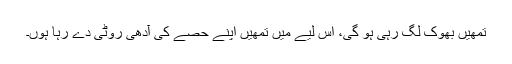
تمھیں بھوک لگ رہی ہو گی، اس لیے میں تمھیں اپنے حصے کی آدھی روٹی دے رہا ہوں۔